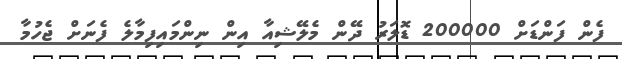
ފެން ފަންޑަށް 200000 ޑޮލަރު ދޭން މެލޭޝިއާ އިން ނިންމައިފިމާލެ ފެނަށް ޖެހުމާ